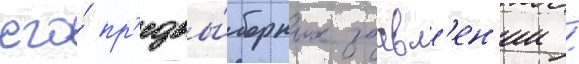
его́ пр'едвы́борных заавл'ен'ии /